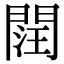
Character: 䦞